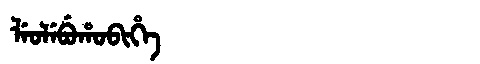
Manchu: ᠯᡝᠣᠯᡝᠪᡠᡥᠣᠪᡳᡥᡝ
Romanization: LEOLEBUHOBIHE